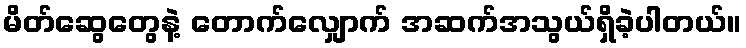
မိတ်ဆွေတွေနဲ့ တောက်လျှောက် အဆက်အသွယ်ရှိခဲ့ပါတယ်။